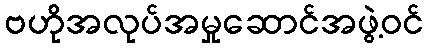
ဗဟိုအလုပ်အမှုဆောင်အဖွဲ့ဝင်